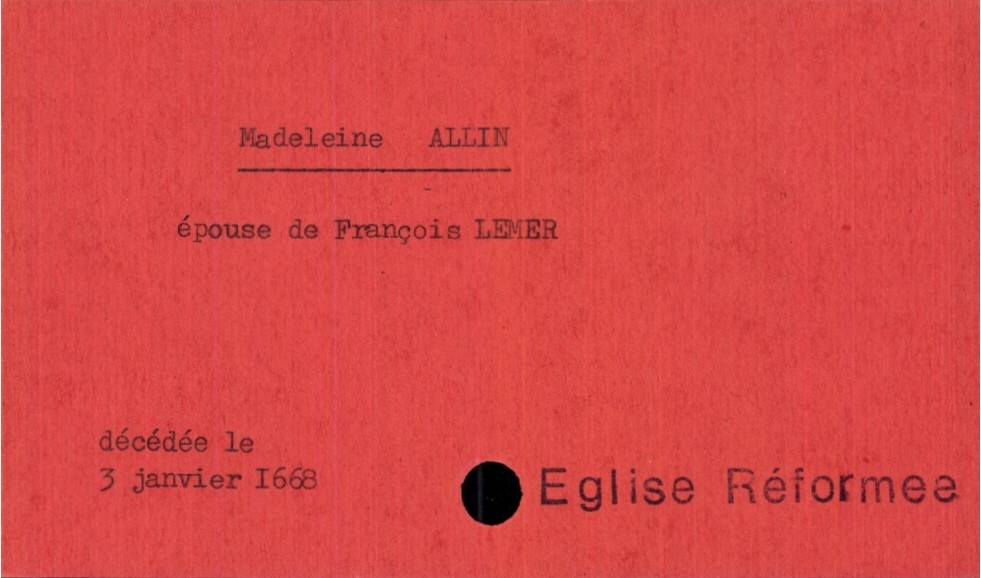
type_acte: Décès
année: 1668
mois: janvier
jour: 3
observations: Eglise Réformee
défunt_nom: Allin
défunt_prénom: Madeleine
défunt_sexe: F